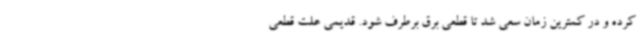
کرده و در کمترین زمان سعی شد تا قطعی برق برطرف شود. قدیمی علت قطعی